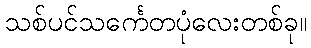
သစ်ပင်သင်္ကေတပုံလေးတစ်ခု။